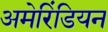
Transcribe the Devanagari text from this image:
अमेरिंडियन